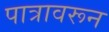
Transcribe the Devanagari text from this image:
पात्रावरून